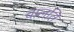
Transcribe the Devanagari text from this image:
चालति